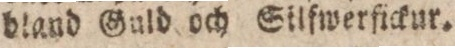
bland Guld och Silfwerfickur.